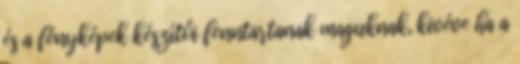
és a fényképek készítői fenntartanak maguknak, kivéve ha a